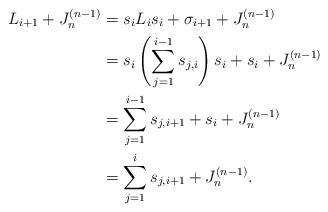
LaTeX: \begin{align*}L_{i+1}+J^{(n-1)}_n&= s_iL_is_i+\sigma_{i+1}+J^{(n-1)}_n\\&= s_i\left(\sum_{j=1}^{i-1}s_{j,i}\right)s_i+s_i+J^{(n-1)}_n\\&= \sum_{j=1}^{i-1}s_{j,i+1}+s_i+J^{(n-1)}_n\\&=\sum_{j=1}^is_{j,i+1}+J^{(n-1)}_n.\end{align*}